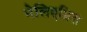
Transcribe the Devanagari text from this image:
मेलिएग्रिस